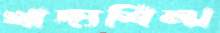
খাদ্যশিল্প